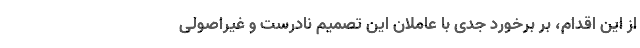
از این اقدام، بر برخورد جدی با عاملان این تصمیم نادرست و غیراصولی